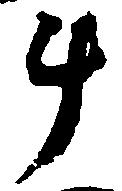
斗